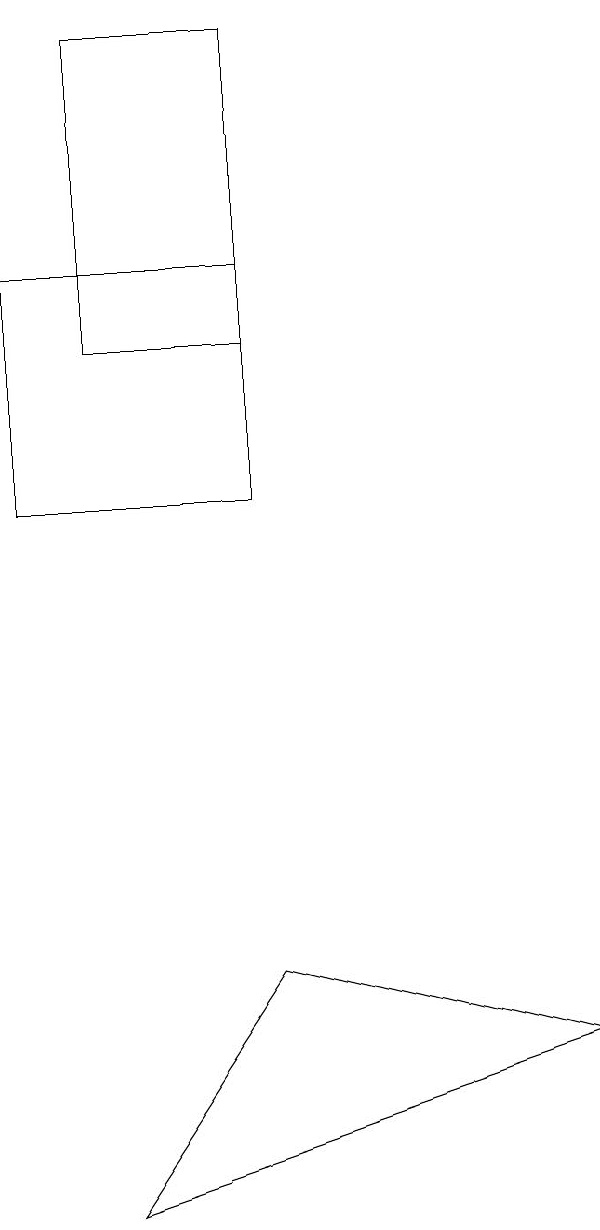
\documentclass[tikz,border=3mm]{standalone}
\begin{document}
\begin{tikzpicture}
\draw (9,4) -- (3,2) -- (5,5) -- cycle;
\draw (5,17) rectangle (3,13);
\draw (2,11) rectangle (5,14);
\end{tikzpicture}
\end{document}